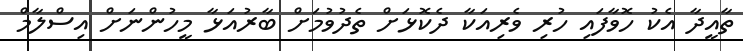
ތާއީދާ އެކު ހޮވާފައި ހުރި ވެރިއަކާ ދެކޮޅަށް ތެދުވުމަށް ބާރުއަޅާ މީހުންނަށް އިސްލާމް